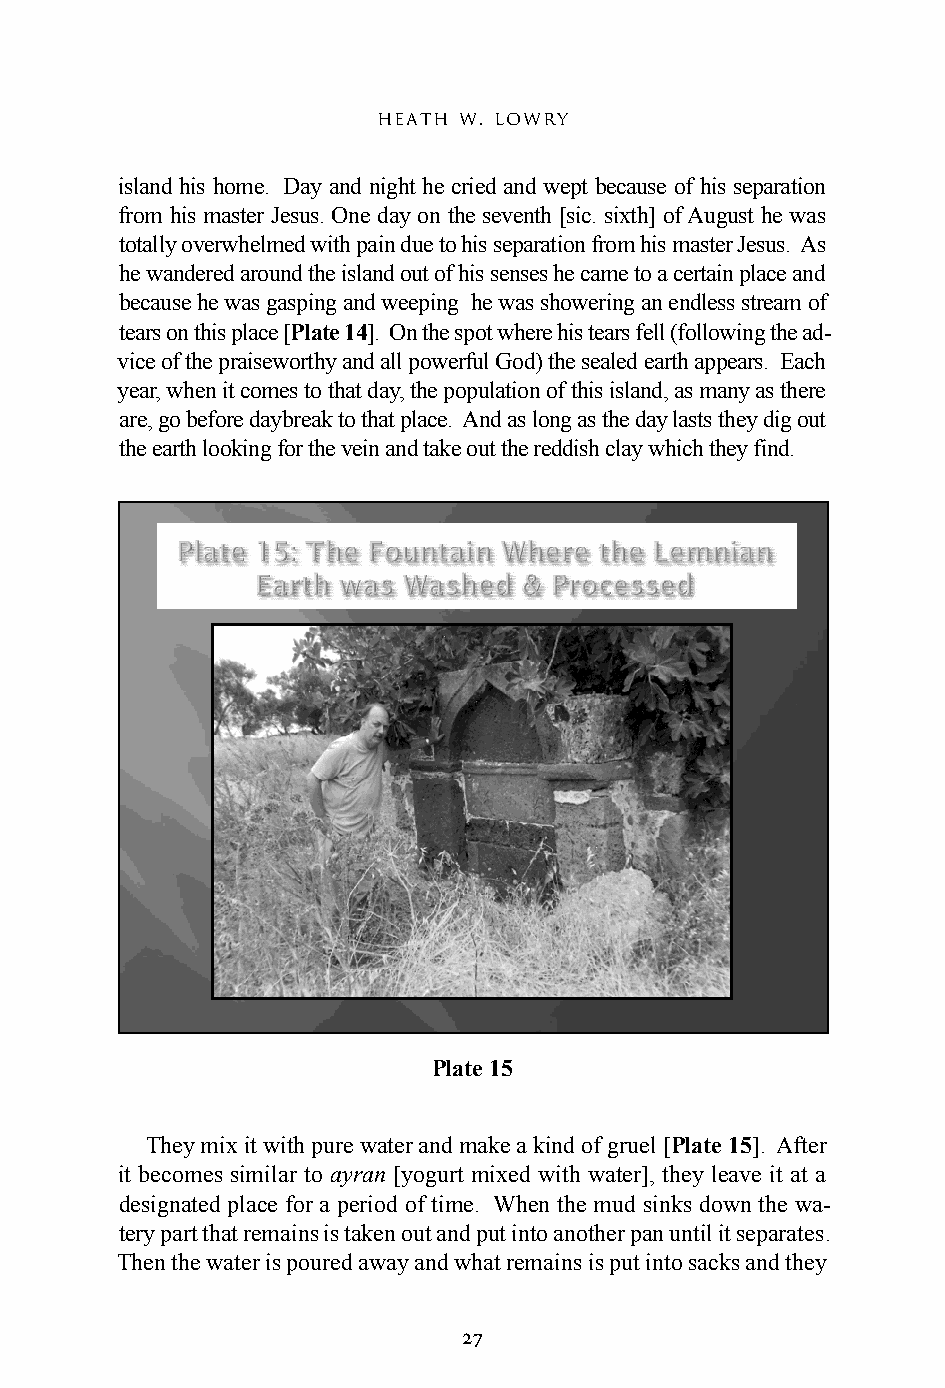
heath w. lowry
 island his home. Day and night he cried and wept because of his separation
 from his master Jesus. One day on the seventh [sic. sixth] of August he was
 totally overwhelmed with pain due to his separation from his master Jesus. As
 he wandered around the island out of his senses he came to a certain place and
 because he was gasping and weeping he was showering an endless stream of
 tears on this place [Plate 14]. On the spot where his tears fell (following the ad-
 vice of the praiseworthy and all powerful God) the sealed earth appears. Each
 year, when it comes to that day, the population of this island, as many as there
 are, go before daybreak to that place. And as long as the day lasts they dig out
 the earth looking for the vein and take out the reddish clay which they find.
 Plate 15
 They mix it with pure water and make a kind of gruel [Plate 15]. After
 it becomes similar to ayran [yogurt mixed with water], they leave it at a
 designated place for a period of time. When the mud sinks down the wa-
 tery part that remains is taken out and put into another pan until it separates.
 Then the water is poured away and what remains is put into sacks and they
 27